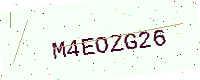
Text: M4EOZG26